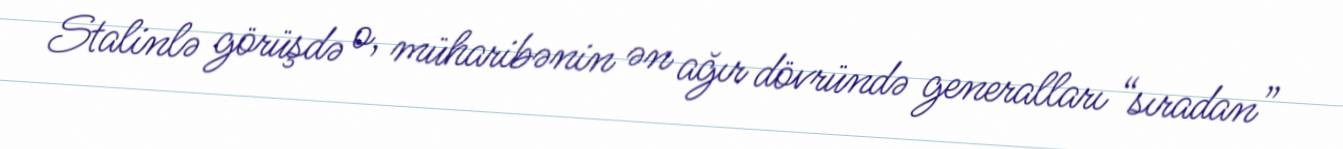
Stalinlə görüşdə o, müharibənin ən ağır dövründə generalları “sıradan”